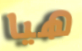
هيا